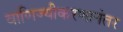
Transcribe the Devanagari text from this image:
वाणिज्यीकरणानंतर